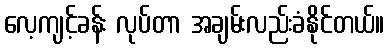
လေ့ကျင့်ခန်း လုပ်တာ အချမ်းလည်းခံနိုင်တယ်။